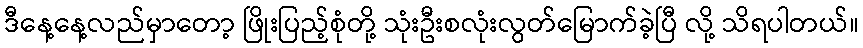
ဒီနေ့နေ့လည်မှာတော့ ဖြိုးပြည့်စုံတို့ သုံးဦးစလုံးလွတ်မြောက်ခဲ့ပြီ လို့ သိရပါတယ်။